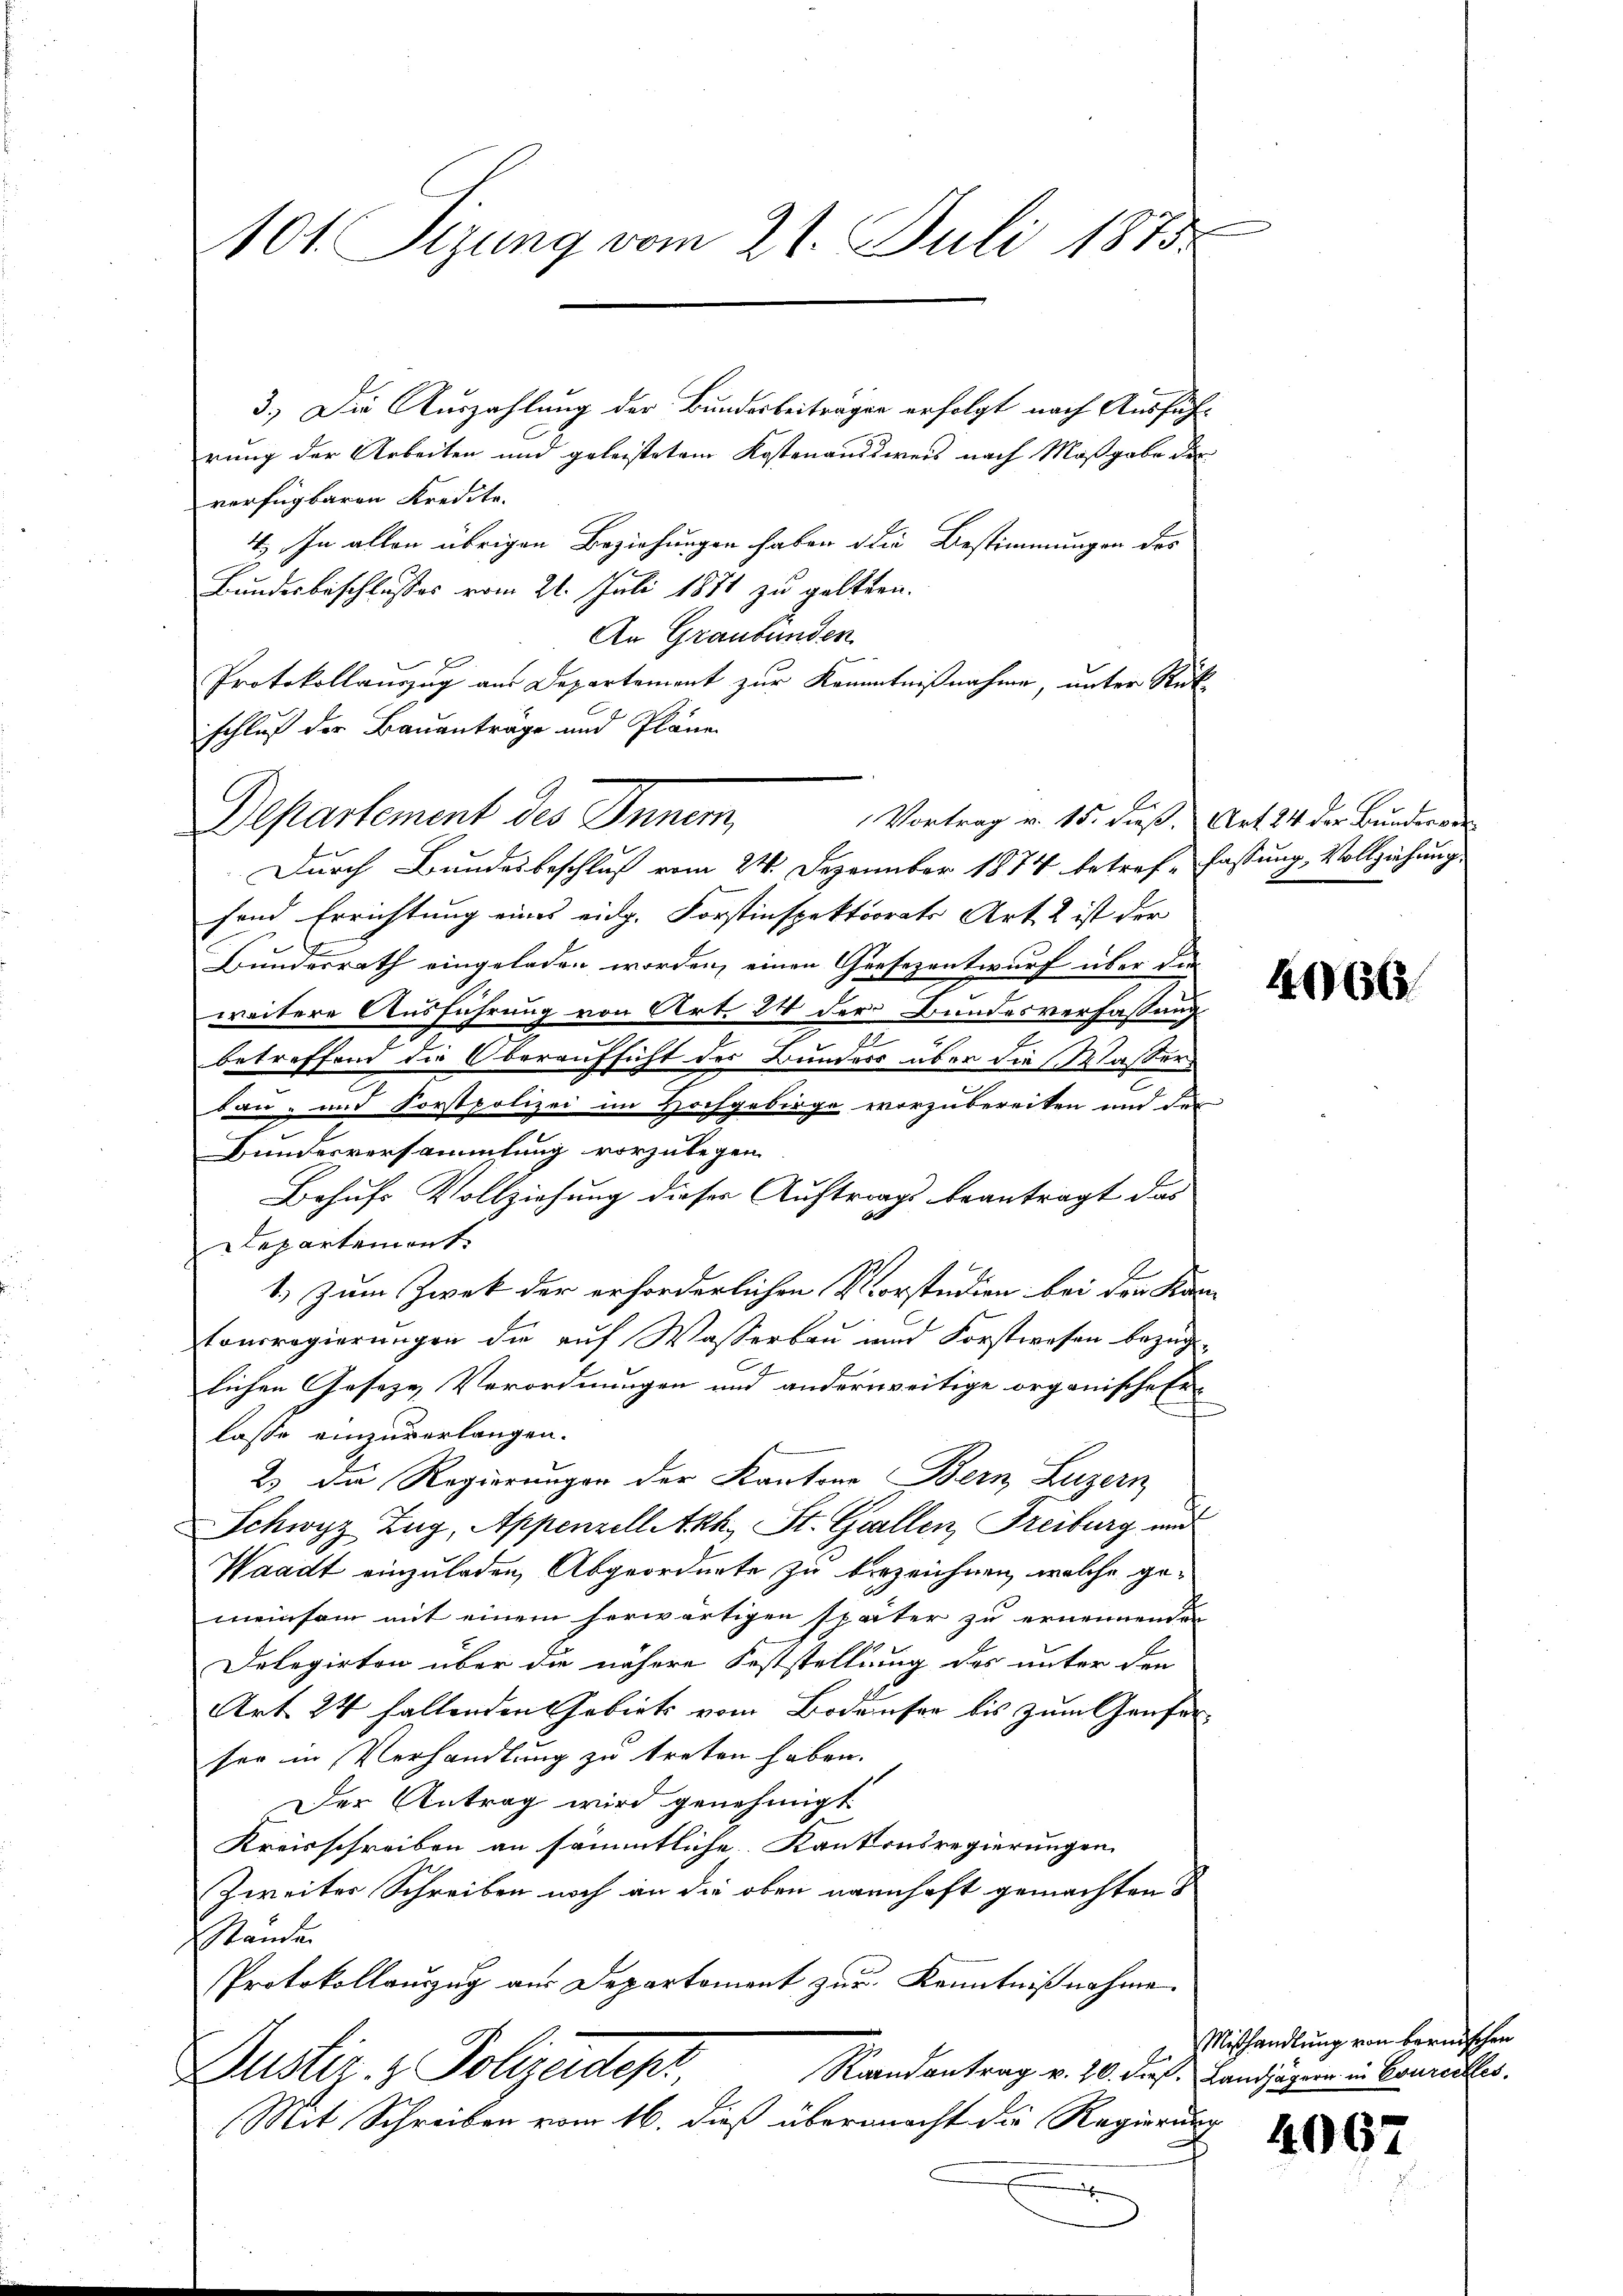
101. Sizung vom 21. Juli 1875.

3.) Die Auszahlung der Bundesbeiträgen erfolgt nach Ausführung der Arbeiten und geleistetem Kostenaudsweis nach Maßgabe der
verfügbaren Kredite.
4.) In allen übrigen Beziehungen haben die Bestimmungen des
Bundesbeschlusses vom 21. Juli 1871 zu geltern.
An Graubünden.
Protokollauszug aus Departement zur Kenntnißnahme, unter Rück
schluß der Bauanträge und Pläne
Departement des Innem
Vortrag v. 15. dieß. Art. 24 der Bundesver¬
Durch Bundesbeschluß vom 24. Dezember 1874 betreffassung, Vollziehung
fend Errichtung eines eidg. Forstinspektiorats Art. 2 ist der
Bundesrath eingeladen worden, einen Gresezentwurf über die
weitere Ausführung von Art. 24 der Bundesverfassung
2
betreffend die Oberaufsicht der Bunders über die Wasser
bau- und Forstpolizei im Hochgebirge vorzubereiten und des
Bundesversammlung vorzulegen.
Behufs Vollziehung dieser Auftrags beantragt das
Lepartement.
1.) Zum Zwek der erforderlichen Vorstudien bei den Kan
tonsregierungen die auf Wasserbau und Forstwesen bezüglichen Geseze Verordnungen und anderseitige organische Er-
lasse einzuverlangen.
2) die Regierungen der Kantone Bern, Luzern
Schwyz Zug, Appenzell Akk., St. Gallen, Freiburg und
Waadt einzuladen, Abgeordnete zu bezeichnen, welche gemeinsam mit einem herwärtigen später zu ernennenden
Delegirten über die nähere Feststellung des unter den
Art. 24 haltenden Gebiets vom Bodenser bis zum Genferser in Verhandlung zu treten haben.
Der Antrag wird genehmigt.
Kreisschreiben an sämmtliche Kantonsregierungen
Zweiter Schreiben noch an die oben nannhaft gemachten S
Stande
Protokollauszug aus Departement zur Kenntnißnahme.
Auster. - Polizeidept,
Randantrag v. 20. dieß. Landjägern in Conrechtes.
Mit Schreiben vom 16. dieß übermacht die Regierung

4966.

Mißhandlung von bernischen

4067